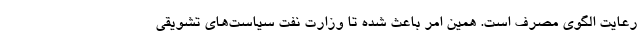
رعایت الگوی مصرف است. همین امر باعث شده تا وزارت نفت سیاست‌های تشویقی